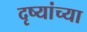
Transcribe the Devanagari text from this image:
दृष्यांच्या